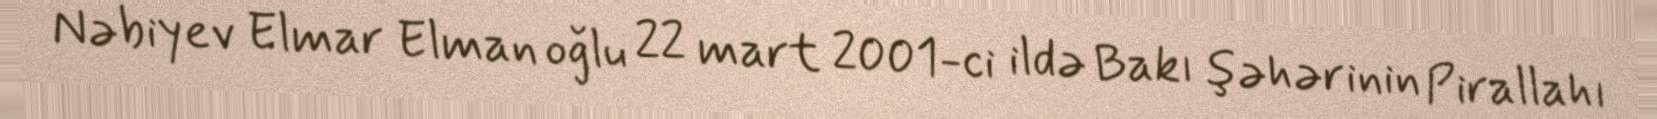
Nəbiyev Elmar Elman oğlu 22 mart 2001-ci ildə Bakı şəhərinin Pirallahı